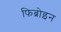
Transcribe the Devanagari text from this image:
फिब्रोइन